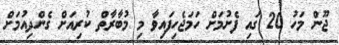
ޖޫން މަހު 20 ގައި ފެށުމަށް ހަމަޖެހިފައިވާ މި މުބާރާތް ކުރިއަށް ގެންދިއުމަށް